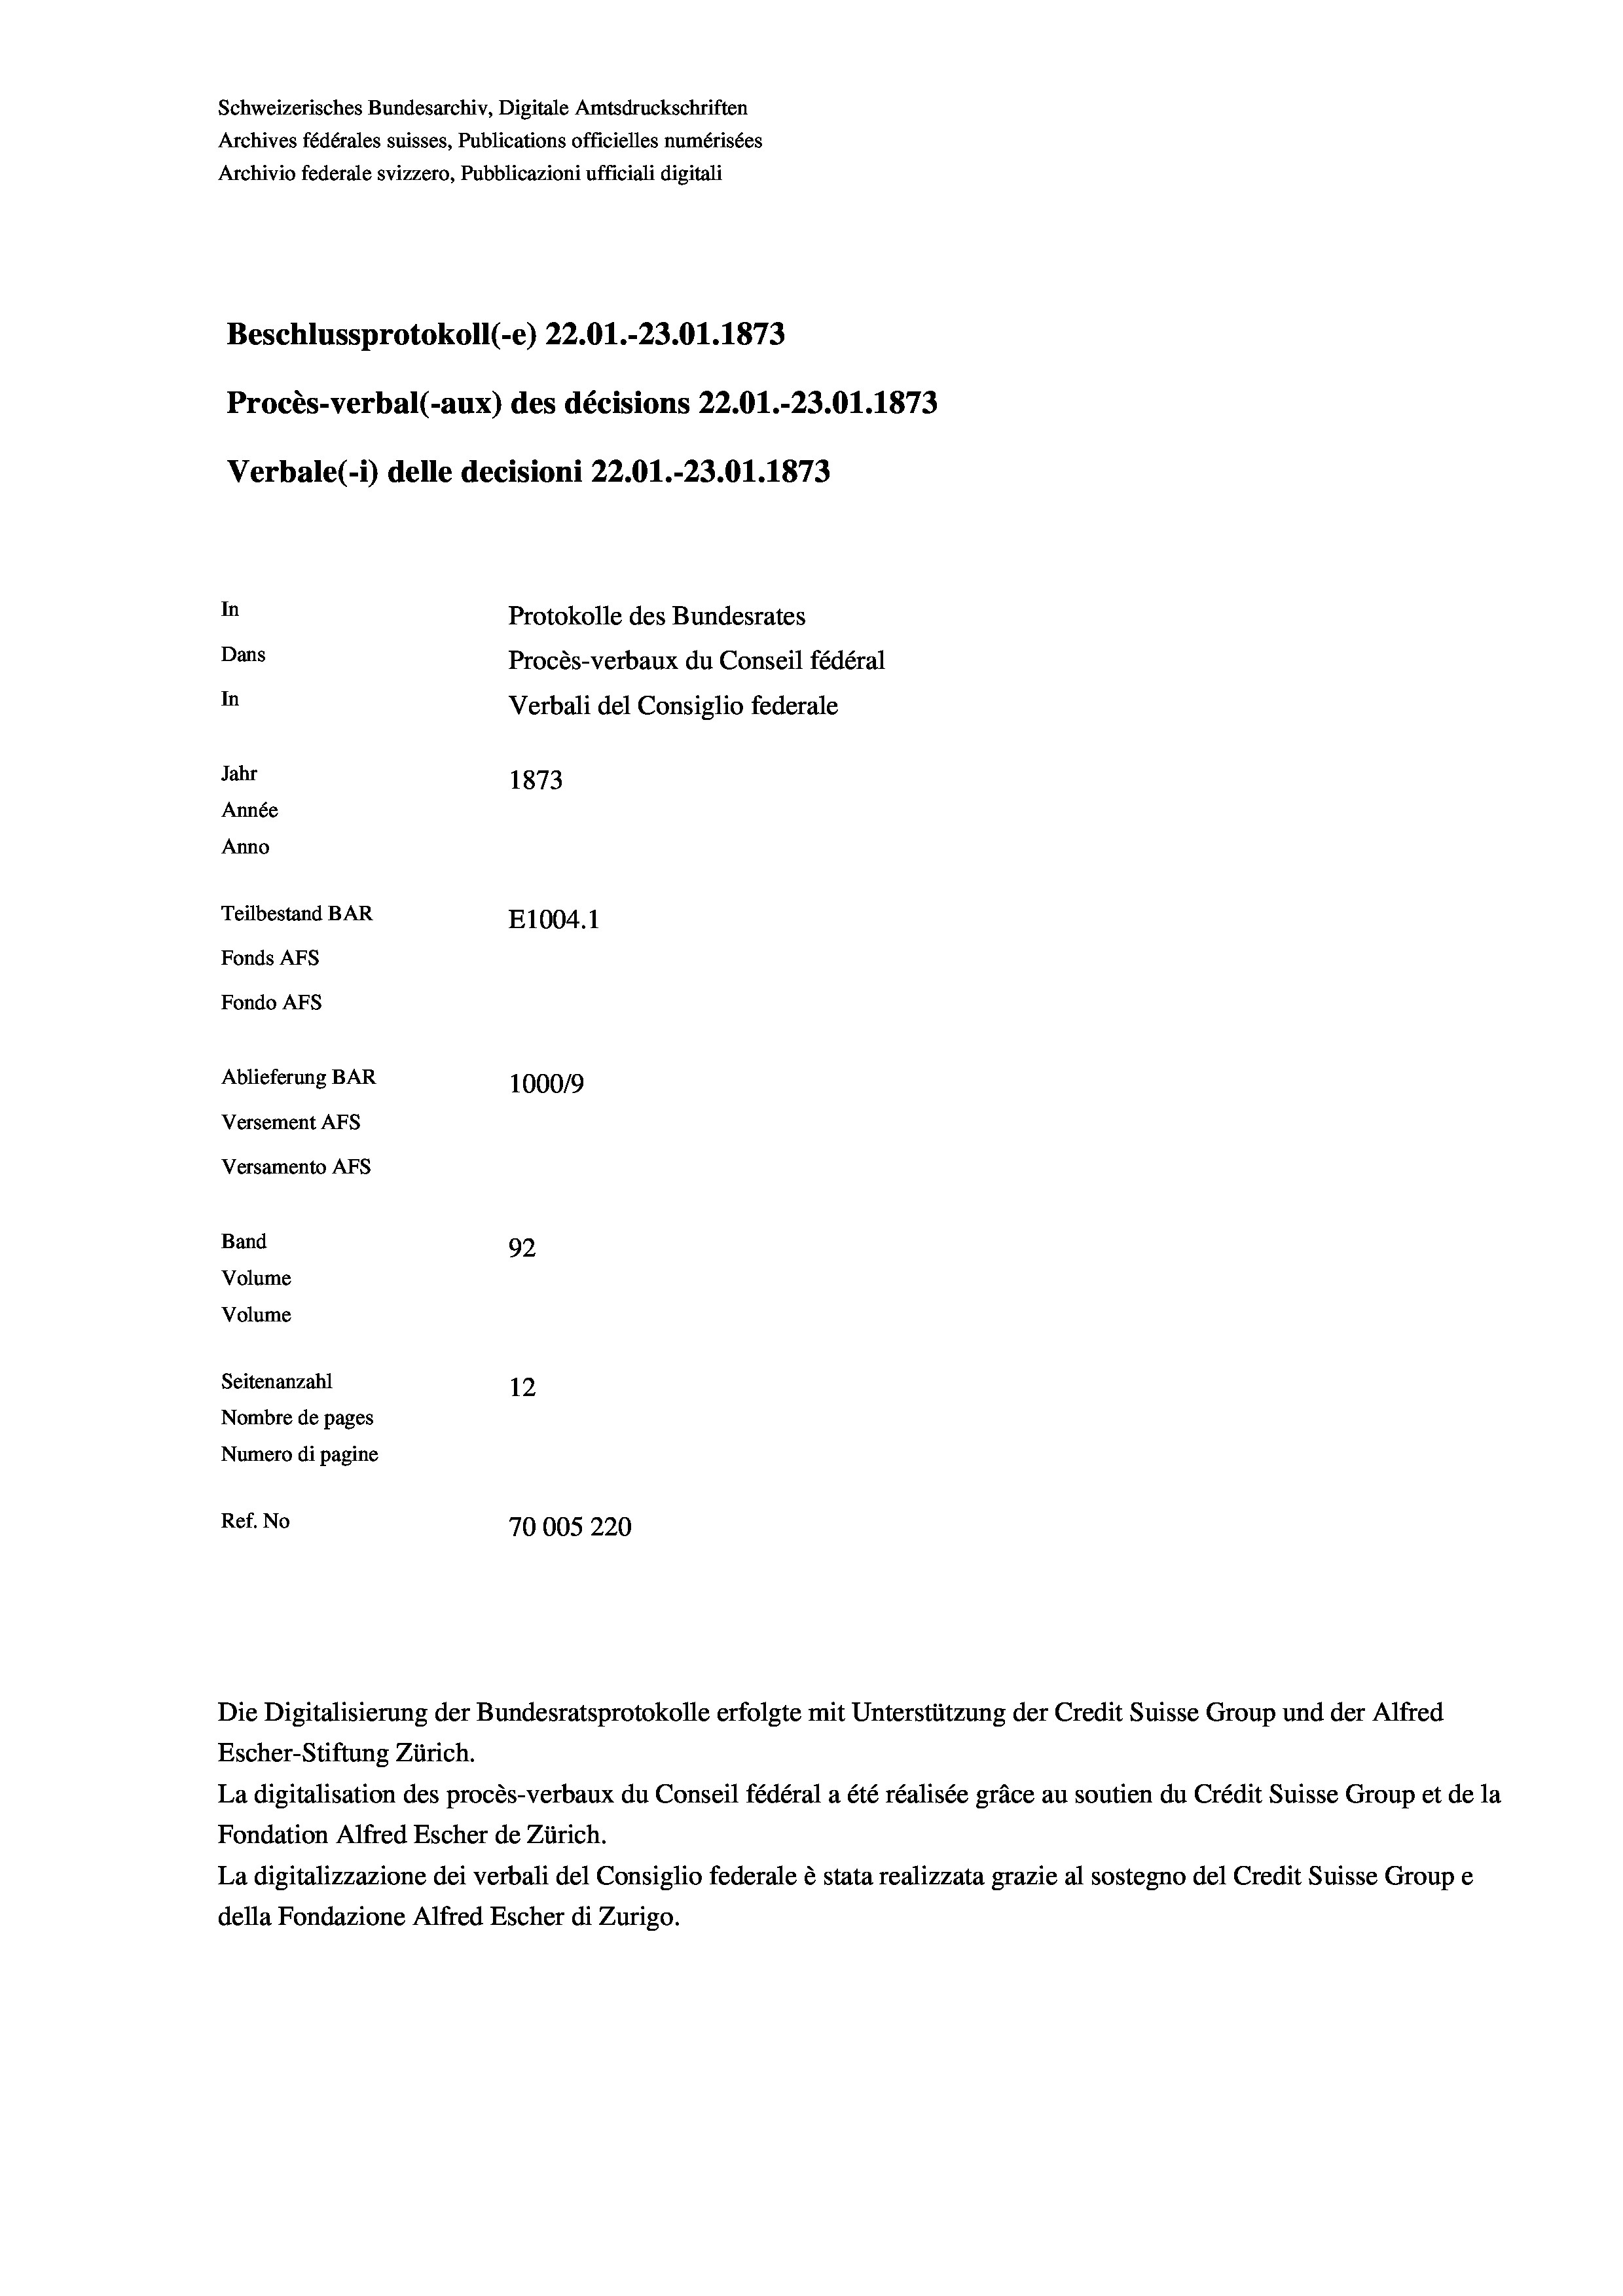
Schweizerisches Bundesarchiv, Digitale Amtsdruckschriften
Archives fédérales suisses, Publications officielles numérisées
Archivio federale svizzero, Pubblicazioni ufficiali digitali
Beschlussprotokoll (-e) 22.01.-23.01. 1873
Procès-verbal (-aux) des décisions 22.01.-23.01. 1873
Verbale (i) delle decisioni 22.01.-23.01. 1873
In
Protokolle des Bundesrates
Dans
Procès-verbaux du Conseil fédéral
In
Verbali del Consiglio federale
Jahr
1873
Année
Anno
Teilbestand BAR
E1004. 1
Fonds AFs
Fondo AFS
Ablieferung BAR
100019
Versement AFs
Versamento AFs
Band
92
Volume
Volume
Seitenanzahl
12
Nombre de pages
Numero di pagine
Ref. No
70005220

La digitalisation des procès-verbaux du Conseil fédéral a été réalisée gräce au soutien du Crédit Suisse Group et de la
Fondation Alfred Escher de Zürich.
La digitalizzazione dei verbali del Consiglio federale è stata realizzata grazie al sostegno del Credit Suisse Groupe
della Fondazione Alfred Escher di Zurigo.

Die Digitalisierung der Bundesratsprotokolle erfolgte mit Unterstützung der Credit Suisse Group und der Alfred
Escher-Stiftung Zürich.